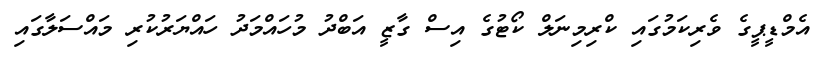
އެމްޑީޕީގެ ވެރިކަމުގައި ކްރިމިނަލް ކޯޓުގެ އިސް ގާޒީ އަބްދު މުހައްމަދު ހައްޔަރުކުރި މައްސަލާގައި